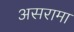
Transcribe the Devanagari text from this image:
असरामा